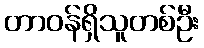
တာဝန်ရှိသူတစ်ဦး